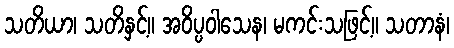
သတိယာ၊ သတိနှင့်။ အဝိပ္ပဝါသေန၊ မကင်းသဖြင့်။ သတာနံ၊